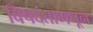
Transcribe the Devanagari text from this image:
विषदंतामधून